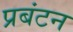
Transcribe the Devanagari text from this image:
प्रबंटन